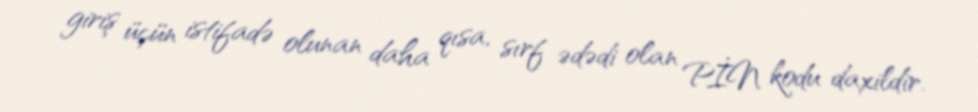
giriş üçün istifadə olunan daha qısa, sırf ədədi olan PİN kodu daxildir.